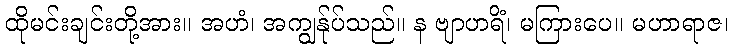
ထိုမင်းချင်းတို့အား။ အဟံ၊ အကျွန်ုပ်သည်။ န ဗျာဟရိံ၊ မကြားပေ။ မဟာရာဇ၊